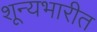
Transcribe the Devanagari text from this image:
शून्यभारीत